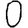
Digit: 0